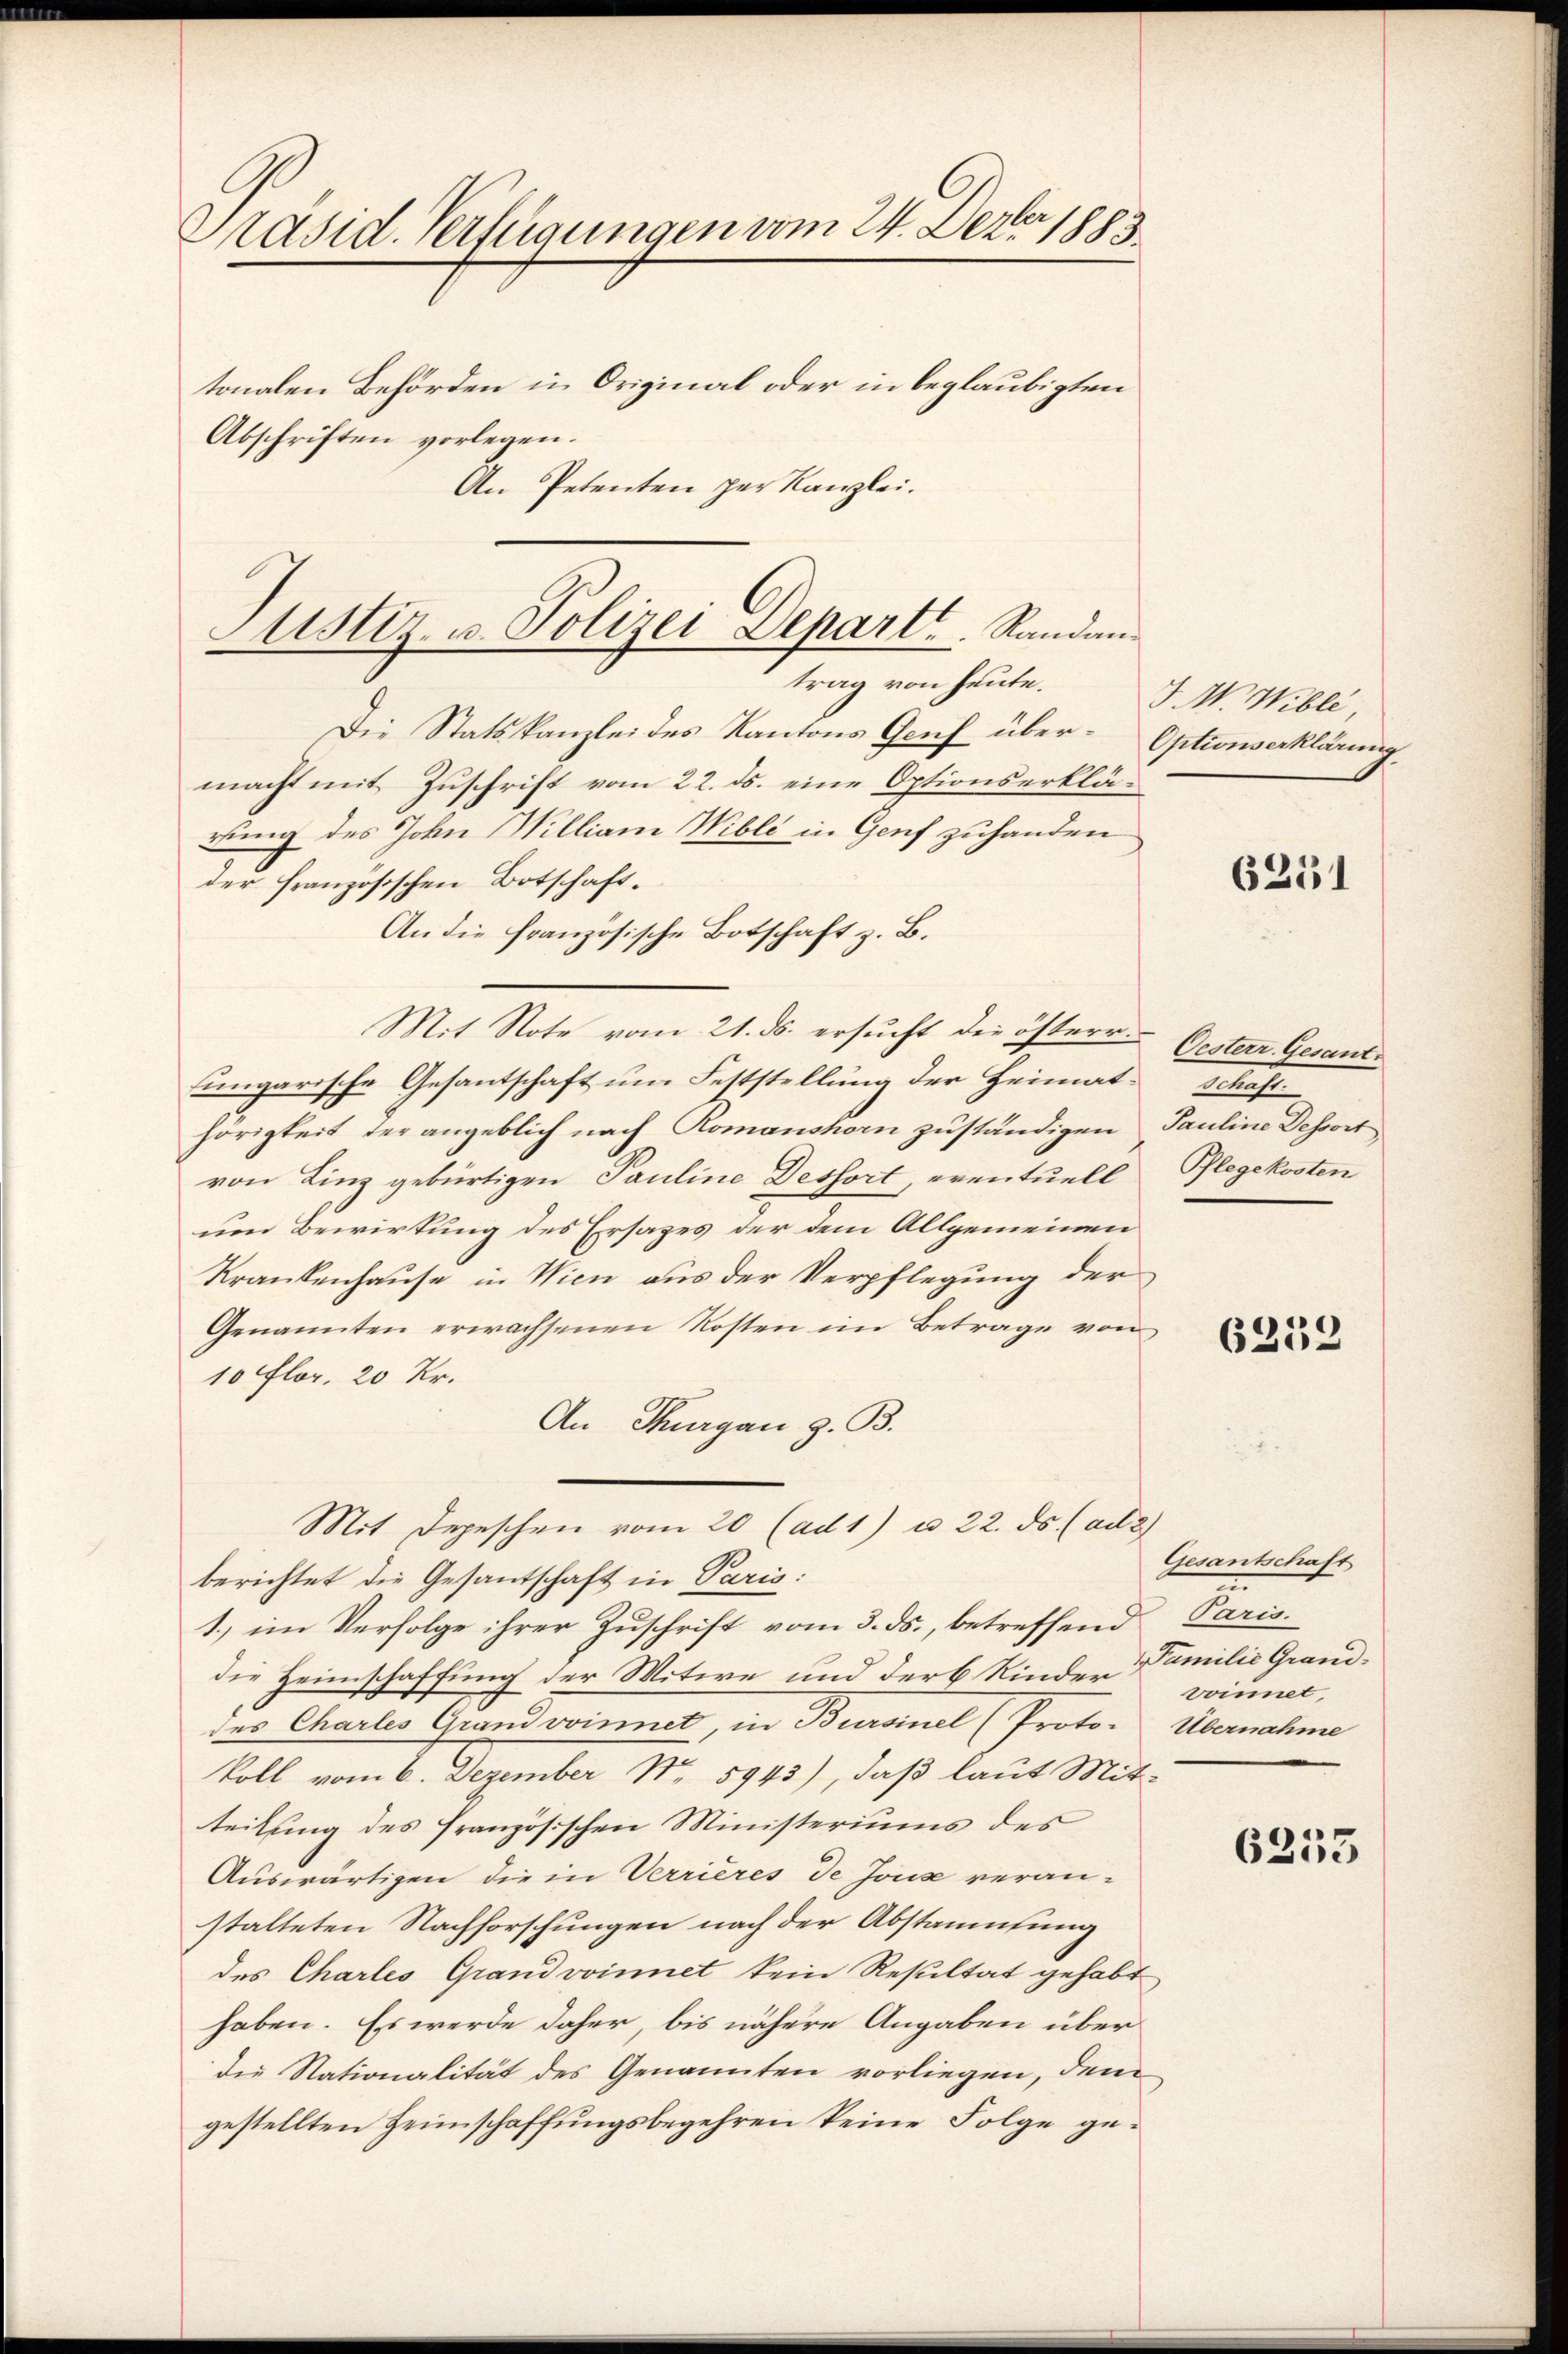
Präsid. Verfügungen vom 24. Dezbr. 1883.
tonalen Behörden in Original oder in beglaubigten
Abschriften vorlegen.
An Petenten per Kanzlei.

Justiz- u. Polizei Depart. Randan
trag von heute.

Die Statskanzlei des Kantons Genf über Optionserklärung.
macht mit Zuschrift vom 22. ds. eine Optionserklärung des John Williani Wible in Genf zuhanden
der französischen Botschaft.
Mit Note vom 21. ds. ersucht die österr Gesterr. Gesantsungarische Gesantschaft um Feststellung der Heimatschaft-
hörigkeit der angeblich nach Romanshorn zuständigen Pauline Dessort
von Linz gebürtigen Pauline Dessort, eventuell
um Bewirkung des Ersazes der dem Allgemeinen
Krankenhause in Wien aus der Verpflegung der
Genannten erwachsenen Kosten im Betrage von
10 flor. 20 kr.
An Thurgau z. B.
Mit Depeschen vom 20 (ad 1) u. 22. ds. (ad 2
berichtet die Gesantschaft in Paris:
1) im Verfolge ihrer Zuschrift vom 3. ds., betreffend Paris
die Heimschaffung der Witwe und der 6 Kinder Familie Granddes Charles Grandvoinnet, in Bursiel (Proto- Übernahme
koll vom 6. Dezember No. 5943), daß laut Mit-
teilung des französischen Ministeriums des
Auswärtigen die in Verrieres de Joux veran-
stalteten Nachforschungen nach der Abstammlung
des Charles Grandvoinnet kein Resultat gehabt
haben. Es werde daher, bis nähere Angaben über
die Nationalität des Genannten vorliegen, dem
gestellten Heimschaffungsbegehren keine Folge ge¬

An die Französische Botschaft z. B.

T. W. Wiblé,

Pflegekosten

Gesantschaft
n
voinet,

6251

6259

6253